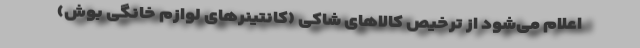
اعلام می‌شود از ترخیص کالا‌های شاکی (کانتینر‌های لوازم خانگی بوش)